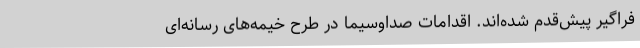
فراگیر پیش‌قدم شده‌اند. اقدامات صداوسیما در طرح خیمه‌های رسانه‌ای